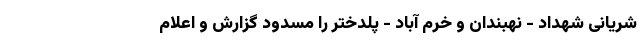
شریانی شهداد - نهبندان و خرم آباد - پلدختر را مسدود گزارش و اعلام